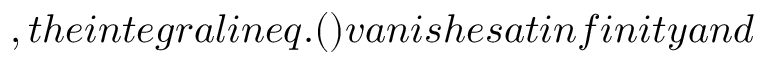
, t h e i n t e g r a l i n e q . ( ) v a n i s h e s a t i n f i n i t y a n d